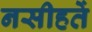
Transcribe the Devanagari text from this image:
नसीहतें